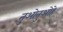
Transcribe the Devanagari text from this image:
तुओतुओहे